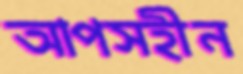
আপসহীন